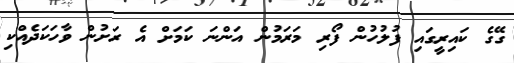
ގޭގެ ކައިރީގައި ފުލުހުން ފޯރި މަރަމުން އަންނަ ކަމަށް އެ ރަށުން ވާހަކަދެއްކި